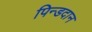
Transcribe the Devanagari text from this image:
पिन्डदान